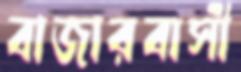
বাজারবাসী